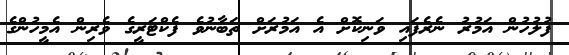
ފުލުހުން އަމުރު ނެރެފައި ވަނިކޮށް އެ އަމުރަށް ތަބާނުވެ ފެކްޓަރީގެ ވެރިން އެމީހުންގެ